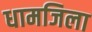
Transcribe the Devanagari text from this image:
धामजिला